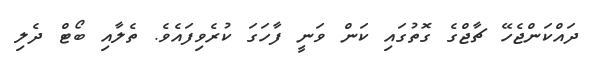
ދައްކަންޖެހޭ ޗާޖްގެ ގޮތުގައި ކަން ވަނީ ފާހަގަ ކުރެވިފައެވެ. ތެލާއި ބޯޓް ދެލި